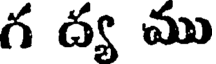
గ ద్య ము